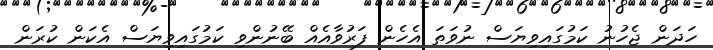
ހަދަން ޖެހުނު ކަމުގައިވިޔަސް ނުވަތަ އެހެން ފަރުވާއެއް ބޭނުންވި ކަމުގައިވިޔަސް އެކަން ކުރަން